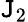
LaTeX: \mathtt{J}_{2}